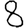
Digit: 8